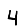
Digit: 4